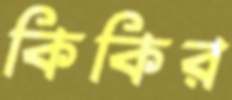
কিকির